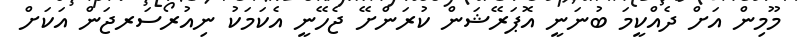
މޫމިން އަށް ދެއްކީމަ ބުނަނީ އޮޕަރޭޝަން ކުރަންށޭ ޖެހޭނީ އެކަމަކު ނިއުރޯސަރޖަން އަކަށް